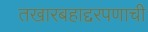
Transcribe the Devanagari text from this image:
तखारबहाद्दरपणाची